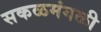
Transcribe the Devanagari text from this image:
सकळमंगळी